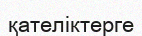
қателіктерге